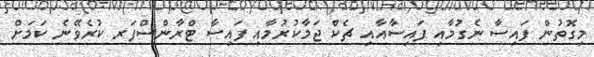
މިގޮތުން ފައިސާ ނެގުމާއި ފައިސާއާއި ޗެކް ޖަމާކުރުމާއި ފައިސާ ޓްރާންސްފަރ ކުރެވޭނެ ކަމަށް